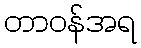
တာဝန်အရ